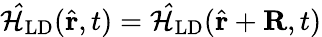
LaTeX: \mathcal{\hat{H}}_{\textrm{LD}}(\hat{\mathbf{r}},t)=\mathcal{\hat{H}}_{\textrm{LD}}(\hat{\mathbf{r}}+\mathbf{R},t)